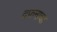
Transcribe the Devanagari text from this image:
दफनाचा